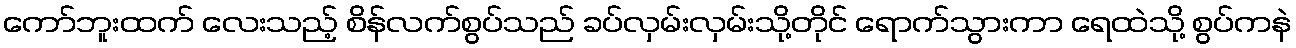
ကော်ဘူးထက် လေးသည့် စိန်လက်စွပ်သည် ခပ်လှမ်းလှမ်းသို့တိုင် ရောက်သွားကာ ရေထဲသို့ စွပ်ကနဲ